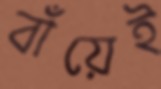
বাঁয়েই